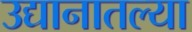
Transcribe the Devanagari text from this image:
उद्यानातल्या